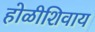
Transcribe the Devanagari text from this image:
होळीशिवाय